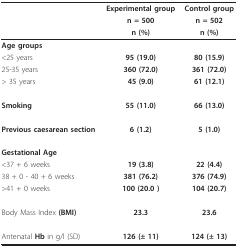
<table><thead><tr><td>[EMPTY_CELL]</td><td><b>Experimental group</b></td><td><b>Control group</b></td></tr><tr><td>[EMPTY_CELL]</td><td><b>n = 500</b></td><td><b>n = 502</b></td></tr><tr><td>[EMPTY_CELL]</td><td><b>n (%)</b></td><td><b>n (%)</b></td></tr></thead><tbody><tr><td><b>Age groups</b></td><td>[EMPTY_CELL]</td><td>[EMPTY_CELL]</td></tr><tr><td>&lt;25 years</td><td><b>95 (19.0)</b></td><td><b>80 (15.9)</b></td></tr><tr><td>25-35 years</td><td><b>360 (72.0)</b></td><td><b>361 (72.0)</b></td></tr><tr><td>&gt; 35 years</td><td><b>45 (9.0)</b></td><td><b>61 (12.1)</b></td></tr><tr><td><b>Smoking</b></td><td><b>55 (11.0)</b></td><td><b>66 (13.0)</b></td></tr><tr><td><b>Previous caesarean section</b></td><td><b>6 (1.2)</b></td><td><b>5 (1.0)</b></td></tr><tr><td><b>Gestational Age</b></td><td>[EMPTY_CELL]</td><td>[EMPTY_CELL]</td></tr><tr><td>&lt;37 + 6 weeks</td><td><b>19 (3.8)</b></td><td><b>22 (4.4)</b></td></tr><tr><td>38 + 0 - 40 + 6 weeks</td><td><b>381 (76.2)</b></td><td><b>376 (74.9)</b></td></tr><tr><td>&gt;41 + 0 weeks</td><td><b>100 (20.0 )</b></td><td><b>104 (20.7)</b></td></tr><tr><td>Body Mass Index <b>(BMI)</b></td><td><b>23.3</b></td><td><b>23.6</b></td></tr><tr><td>Antenatal <b>Hb </b>in g/l (SD)</td><td><b>126 (± 11)</b></td><td><b>124 (± 13)</b></td></tr></tbody></table>